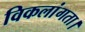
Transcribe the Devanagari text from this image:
विकलांगता।